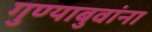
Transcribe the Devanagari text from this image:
गुण्याबुवांना